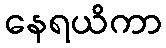
နေရယိကာ